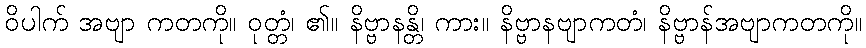
ဝိပါက် အဗျာ ကတကို။ ဝုတ္တံ၊ ၏။ နိဗ္ဗာနန္တိ၊ ကား။ နိဗ္ဗာနဗျာကတံ၊ နိဗ္ဗာန်အဗျာကတကို။